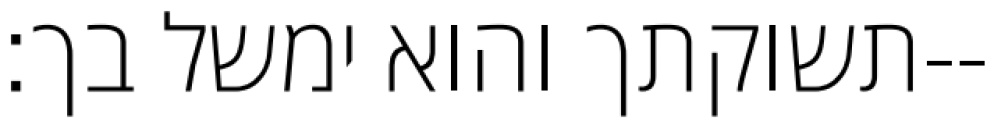
תשוקתך והוא ימשל בך׃--